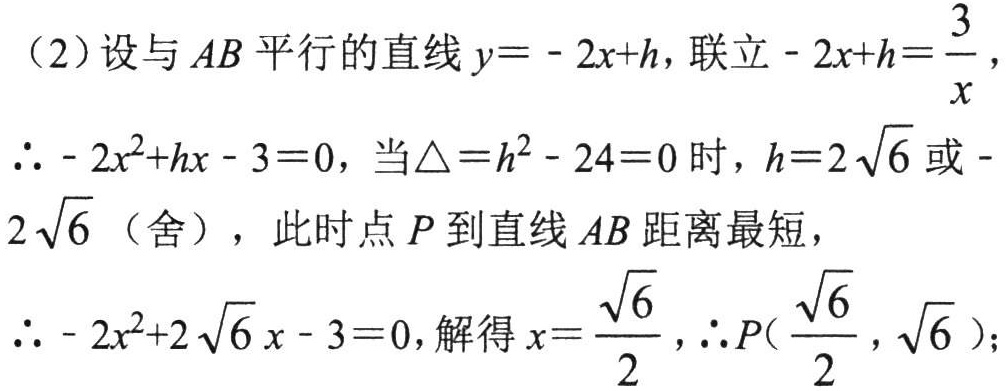
（2）设与 \(AB\) 平行的直线 \(y = - 2x + h\)，联立 \(- 2x + h=\frac{3}{x}\)，

\(\therefore - 2x^{2}+hx - 3 = 0\)，当\(\triangle = h^{2}-24 = 0\) 时，\(h = 2\sqrt{6}\) 或 \(- 2\sqrt{6}\)（舍），此时点 \(P\) 到直线 \(AB\) 距离最短，

\(\therefore - 2x^{2}+2\sqrt{6}x - 3 = 0\)，解得 \(x=\frac{\sqrt{6}}{2}\)，\(\therefore P(\frac{\sqrt{6}}{2},\sqrt{6})\)；